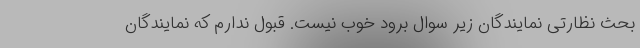
بحث نظارتی نمایندگان زیر سوال برود خوب نیست. قبول ندارم که نمایندگان